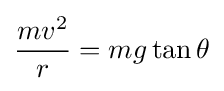
{mv^{2} \over r}={mg\tan \theta }